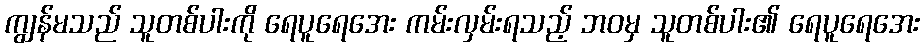
ကျွန်မသည် သူတစ်ပါးကို ရေပူရေအေး ကမ်းလှမ်းရသည့် ဘဝမှ သူတစ်ပါး၏ ရေပူရေအေး